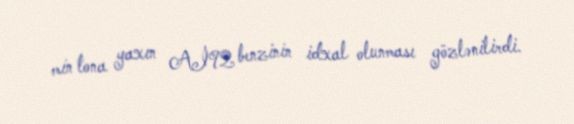
min tona yaxın Aİ92 benzinin idxal olunması gözlənilirdi.